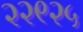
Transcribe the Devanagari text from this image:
२२९२५